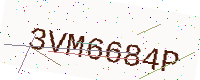
Text: 3VM6684P